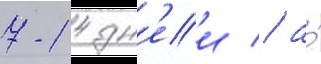
7-14 дн'еи / а́